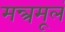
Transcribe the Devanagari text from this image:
मन्त्रमूलं